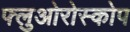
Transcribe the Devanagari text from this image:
फ्लुओरोस्कोप